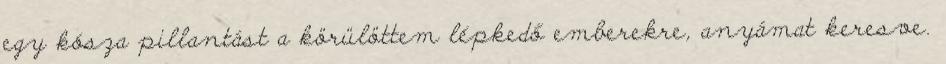
egy kósza pillantást a körülöttem lépkedő emberekre, anyámat keresve.